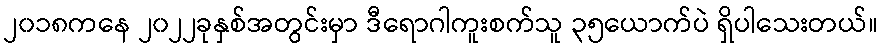
၂၀၁၈ကနေ ၂၀၂၂ခုနှစ်အတွင်းမှာ ဒီရောဂါကူးစက်သူ ၃၅ယောက်ပဲ ရှိပါသေးတယ်။